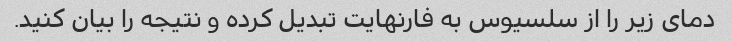
دمای زیر را از سلسیوس به فارنهایت تبدیل کرده و نتیجه را بیان کنید.